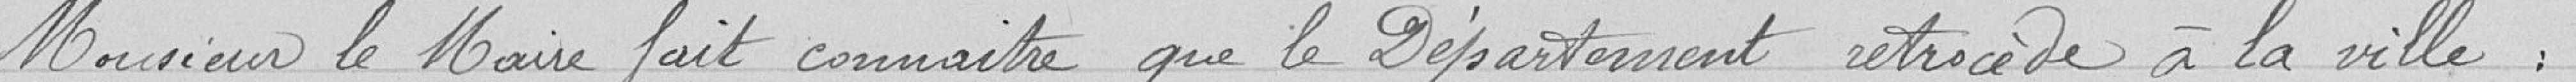
Monsieur le Maire fait connaître que le Département rétrocède à la ville :